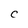
Character: C